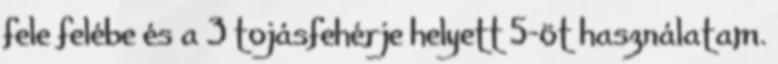
fele felébe és a 3 tojásfehérje helyett 5-öt használatam.